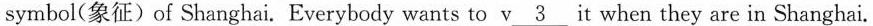
symbol(象征) of Shanghai. Everybody wants to v\underline{3} it when they are in Shanghai.